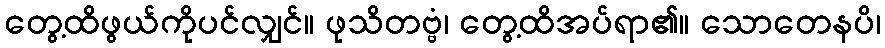
တွေ့ထိဖွယ်ကိုပင်လျှင်။ ဖုသိတဗ္ဗံ၊ တွေ့ထိအပ်ရာ၏။ သောတေနပိ၊